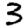
Digit: 3